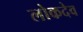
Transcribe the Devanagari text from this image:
लोकदेव